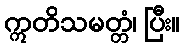
ဣတိသမတ္တံ၊ ပြီး။